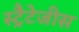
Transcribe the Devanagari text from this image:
स्ट्रैटेजीस